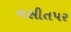
નસીતપર